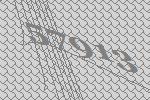
57913